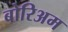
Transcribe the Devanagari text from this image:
बोरिअम